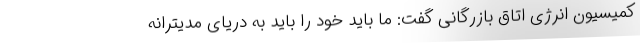
کمیسیون انرژی اتاق بازرگانی گفت: ما باید خود را باید به دریای مدیترانه